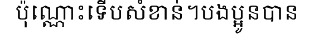
ប៉ុណ្ណោះទើបសំខាន់។បងប្អូនបាន